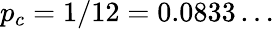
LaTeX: p_{c}=1/12=0.0833\ldots